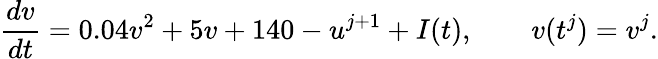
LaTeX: \frac{dv}{dt}=0.04v^{2}+5v+140-u^{j+1}+I(t),\qquad v(t^{j})=v^{j}.